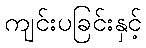
ကျင်းပခြင်းနှင့်